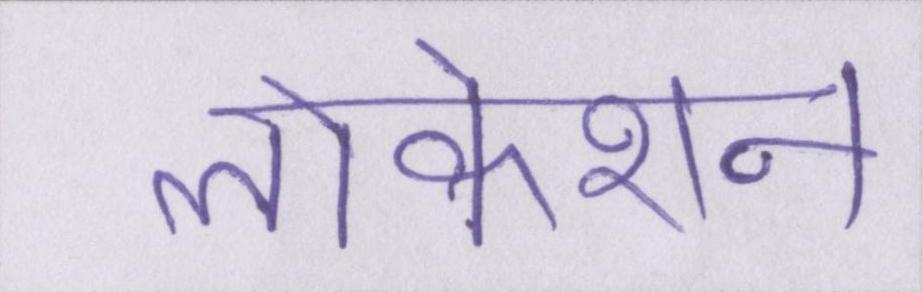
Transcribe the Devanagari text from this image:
लोकेशन